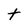
Character: t